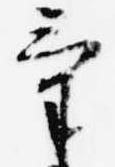
気